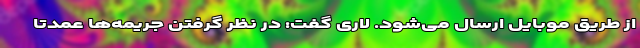
از طریق موبایل ارسال می‌شود. لاری گفت: در نظر گرفتن جریمه‌ها عمدتا